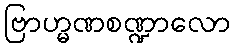
ဗြာဟ္မဏစဏ္ဍာလော